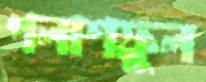
পলাশফুল